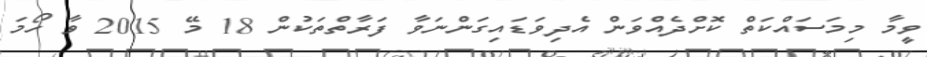
ވީމާ މިމަސައްކަތް ކޮށްދެއްވަން އެދިވަޑައިގަންނަވާ ފަރާތްތަކުން 18 މޭ 2015 ވާ ހޯމަ